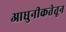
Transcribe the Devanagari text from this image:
आधुनीकतेतून